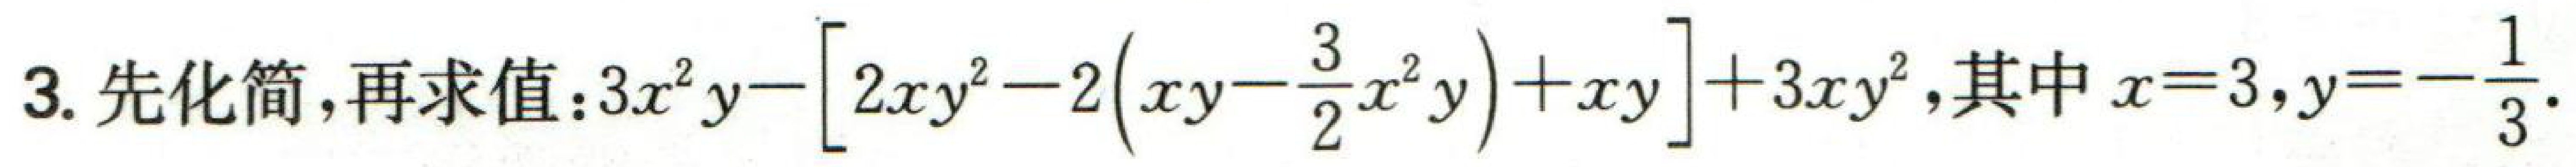
$3. 先化简,再求值：3x^{2}y-\left[2xy^{2}-2\left(xy - \frac{3}{2}x^{2}y\right)+xy\right]+3xy^{2},其中x = 3,y=-\frac{1}{3}.$